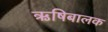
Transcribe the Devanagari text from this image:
ऋषिबालक